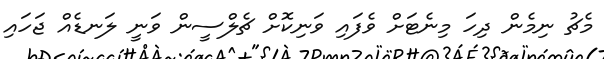
މެޗު ނިމެން ދިހަ މިނެޓަށް ވެފައި ވަނިކޮށް ޗެލްސީން ވަނީ ލަނޑެއް ޖަހައި